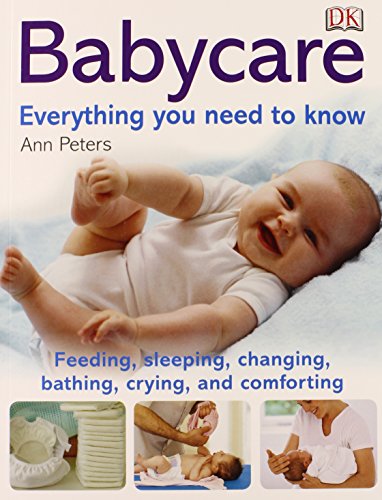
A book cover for Babycare: Everything you need to know; Ann Peters; Cookbooks, Food & Wine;